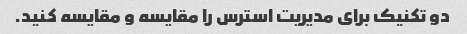
دو تکنیک برای مدیریت استرس را مقایسه و مقایسه کنید.